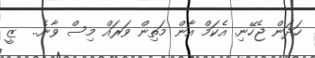
ހަދަން ޖެހޭނި. އެކަމް އާން މަތިން ވަރައް މިސް ވާނެ..  ޒީ